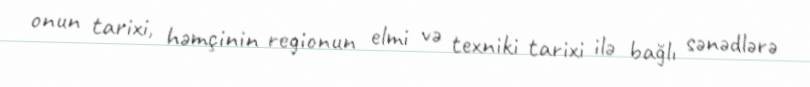
onun tarixi, həmçinin regionun elmi və texniki tarixi ilə bağlı sənədlərə